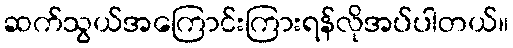
ဆက်သွယ်အကြောင်းကြားရန်လိုအပ်ပါတယ်။